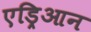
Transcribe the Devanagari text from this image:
एड्रिआन